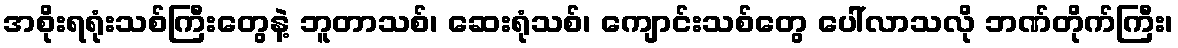
အစိုးရရုံးသစ်ကြီးတွေနဲ့ ဘူတာသစ်၊ ဆေးရုံသစ်၊ ကျောင်းသစ်တွေ ပေါ်လာသလို ဘဏ်တိုက်ကြီး၊